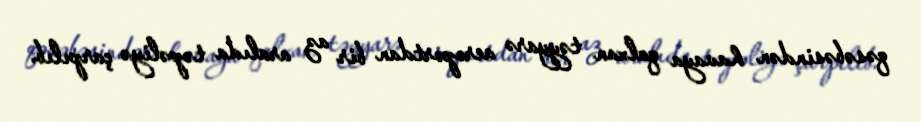
qəsəbəsindən havaya qalxan təyyarə aeroportdan bir az aralıda təpəliyə çarpılıb.